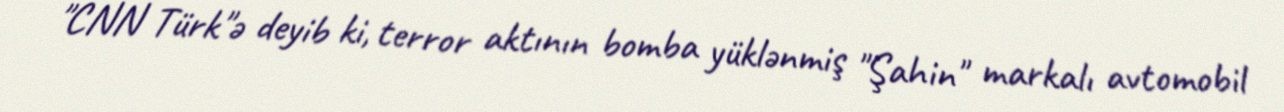
"CNN Türk"ə deyib ki, terror aktının bomba yüklənmiş "Şahin" markalı avtomobil